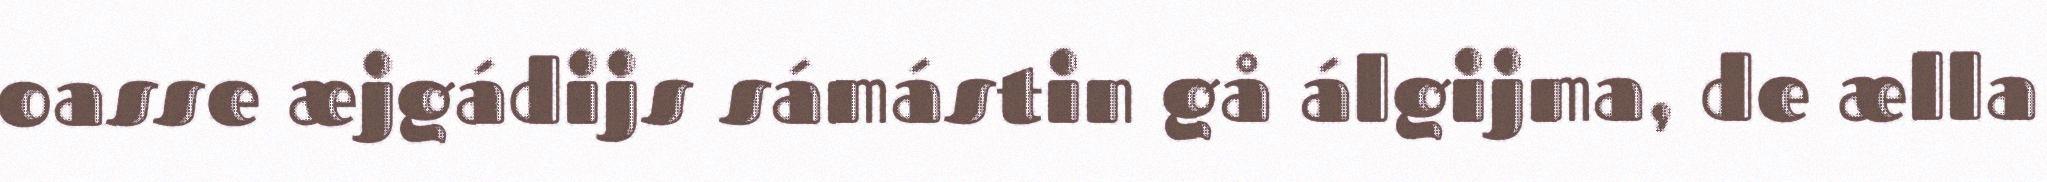
oasse æjgádijs sámástin gå álgijma, de ælla